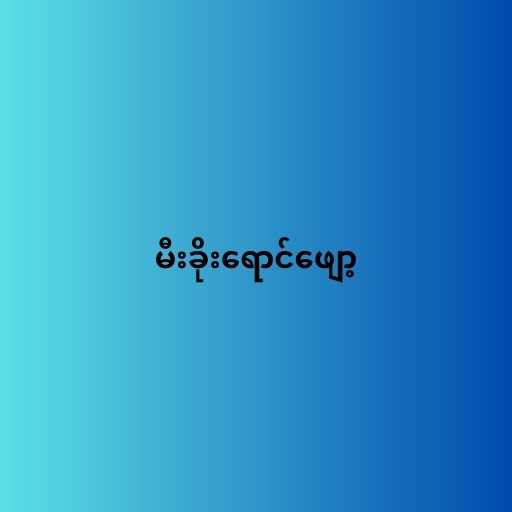
မီးခိုးရောင်ဖျော့